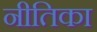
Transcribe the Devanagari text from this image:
नीतिका